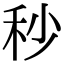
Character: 秒